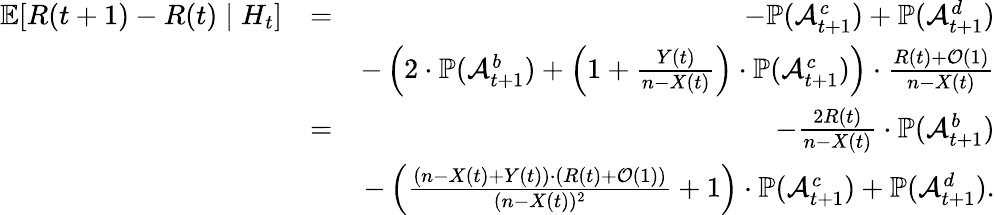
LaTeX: \begin{array}{rlr}{\mathbb E[R(t+1)-R(t)\mid H_{t}]}&{=}&{-\mathbb{P}(\mathcal{A}_{t+1}^{c})+\mathbb{P}(\mathcal{A}_{t+1}^{d})}\\ &{}&{-\left(2\cdot\mathbb{P}(\mathcal{A}_{t+1}^{b})+\left(1+\frac{Y(t)}{n-X(t)}\right)\cdot\mathbb{P}(\mathcal{A}_{t+1}^{c})\right)\cdot\frac{R(t)+\mathcal{O}(1)}{n-X(t)}}\\ &{=}&{-\frac{2R(t)}{n-X(t)}\cdot\mathbb{P}(\mathcal{A}_{t+1}^{b})}\\ &{}&{-\left(\frac{(n-X(t)+Y(t))\cdot(R(t)+\mathcal{O}(1))}{(n-X(t))^{2}}+1\right)\cdot\mathbb{P}(\mathcal{A}_{t+1}^{c})+\mathbb{P}(\mathcal{A}_{t+1}^{d}).}\end{array}